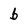
Character: b